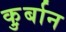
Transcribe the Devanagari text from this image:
कु़र्बान